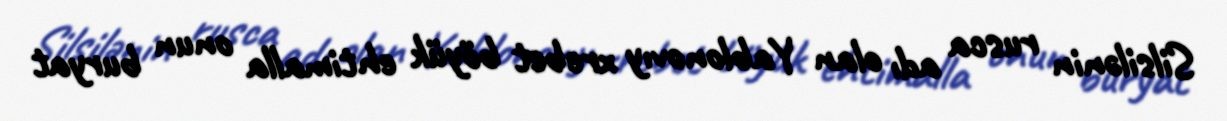
Silsilənin rusca adı olan Yablonovıy xrebet böyük ehtimalla onun buryat